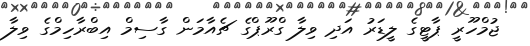
ޖުމްހޫރީ ޕާޓީގެ ލީޑަރު އަދި ވިލާ ގްރޫޕްގެ ޗެއާމަން ގާސިމް އިބްރާހިމްގެ ވިލާ